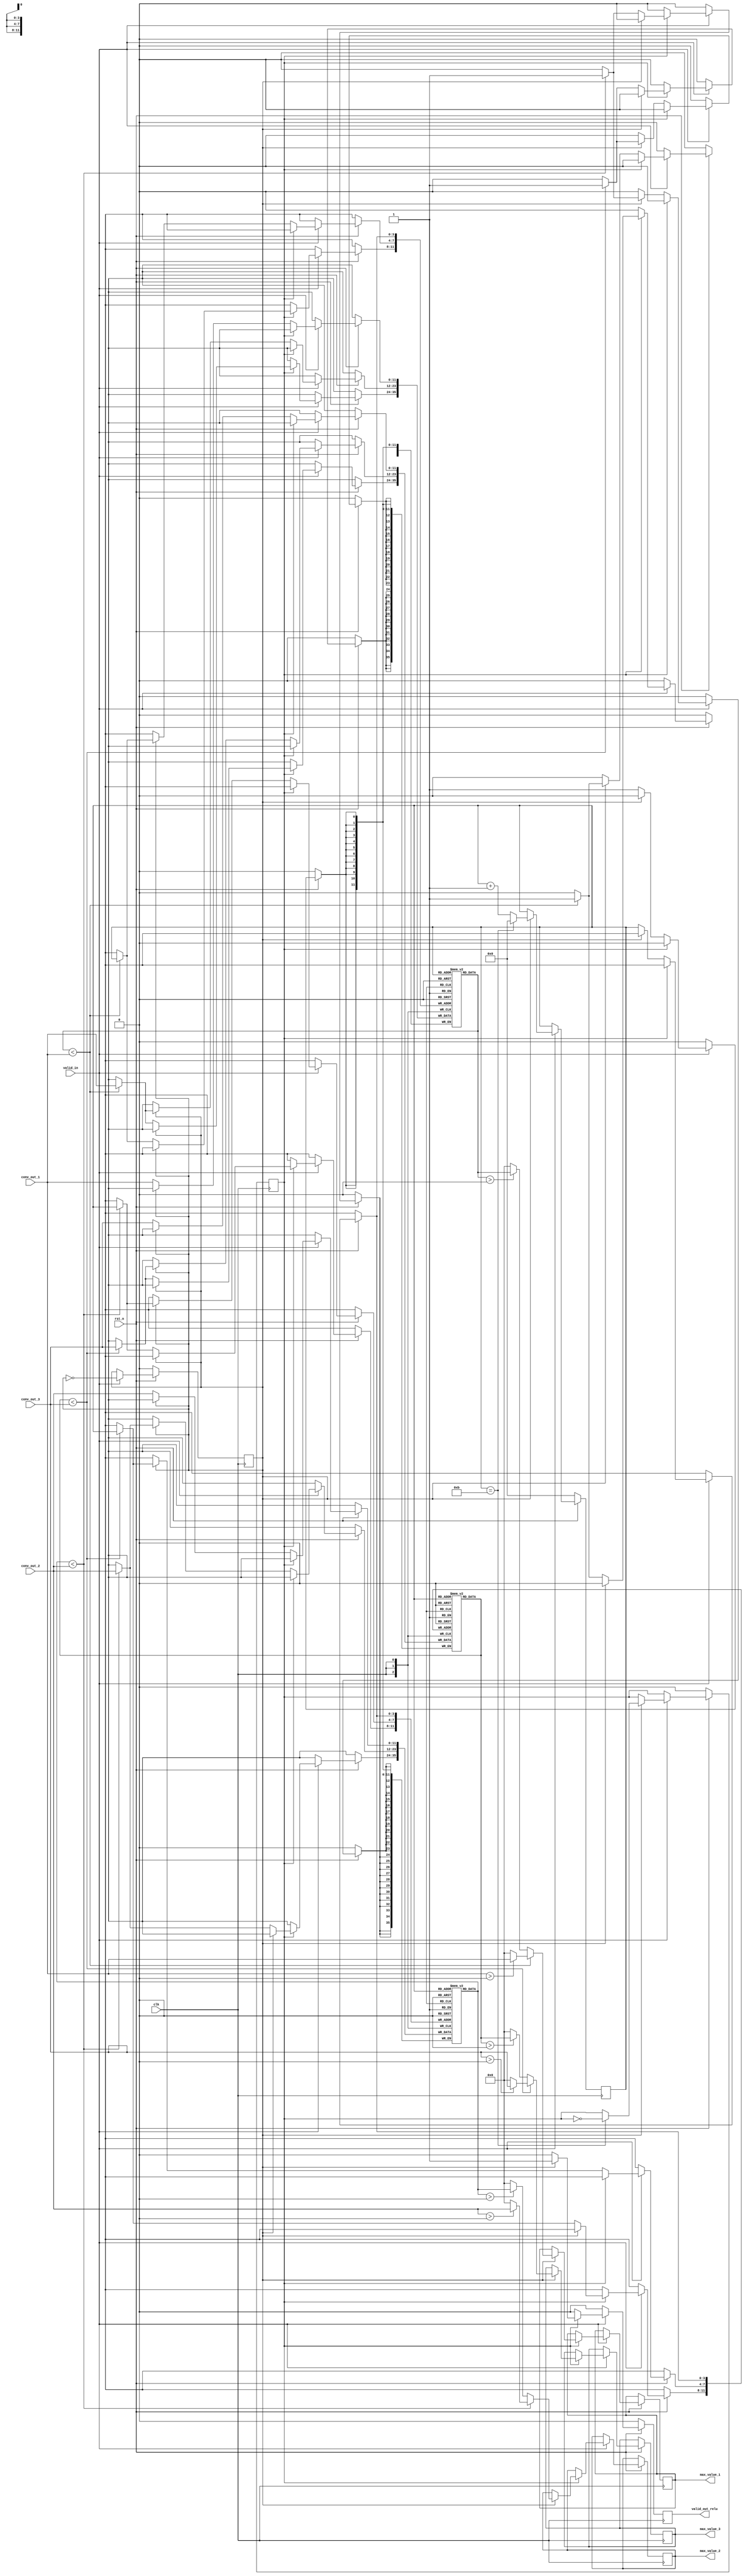
module maxpool_relu #(parameter CONV_BIT = 12, HALF_WIDTH = 12, HALF_HEIGHT = 12, HALF_WIDTH_BIT = 4) (
	input clk,
	input rst_n,	
	input valid_in,
	input signed [CONV_BIT - 1 : 0] conv_out_1, conv_out_2, conv_out_3,
	output reg [CONV_BIT - 1 : 0] max_value_1, max_value_2, max_value_3,
	output reg valid_out_relu
);


//1buffer12max_value
reg signed [CONV_BIT - 1:0] buffer1 [0:HALF_WIDTH - 1];
reg signed [CONV_BIT - 1:0] buffer2 [0:HALF_WIDTH - 1];
reg signed [CONV_BIT - 1:0] buffer3 [0:HALF_WIDTH - 1];

reg [HALF_WIDTH_BIT - 1:0] pcount;
reg state;
reg flag;

always @(posedge clk) begin
	if(~rst_n) begin
		valid_out_relu <= 0;
		pcount <= 0;
		state <= 0;
		flag <= 0;
	end 
	else begin

	if(valid_in == 1'b1) begin                 //buffercalbuffervalid_in=0,
		flag <= ~flag;
		if(flag == 1) begin
			pcount <= pcount + 1;             //bufferpcount++
			if(pcount == HALF_WIDTH - 1) begin     //12max1
				state <= ~state;                  //state1
				pcount <= 0;
			end
		end

		if(state == 0) begin	// first line22buffer[i]
			valid_out_relu <= 0;
			if(flag == 0) begin	// first input
				buffer1[pcount] <= conv_out_1;
				buffer2[pcount] <= conv_out_2;
				buffer3[pcount] <= conv_out_3;
			end 
			else begin	// second input -> comparison
				if(buffer1[pcount] < conv_out_1)
					buffer1[pcount] <= conv_out_1;
				if(buffer2[pcount] < conv_out_2)
				  buffer2[pcount] <= conv_out_2;
				if(buffer3[pcount] < conv_out_3)
				  buffer3[pcount] <= conv_out_3;
			end
		end 
		
		// second line22buffer[i]buffer[i]
		//buffer[i]relubuffer[i]
		else begin	
			if(flag == 0) begin	// third input -> comparison
				valid_out_relu <= 0;
				if(buffer1[pcount] < conv_out_1)
				  buffer1[pcount] <= conv_out_1;
				if(buffer2[pcount] < conv_out_2)
				  buffer2[pcount] <= conv_out_2;
			  if(buffer3[pcount] < conv_out_3)
				  buffer3[pcount] <= conv_out_3;
			end 
			else begin	// fourth input -> comparison + relu
				valid_out_relu <= 1;                       //22valid_out_relu1buffer
				if(buffer1[pcount] < conv_out_1) begin
					if(conv_out_1 > 0) begin
						max_value_1 <= conv_out_1;
					end 
					else begin
						max_value_1 <= 0;
					end
				end 
				else begin
					if(buffer1[pcount] > 0) begin
						max_value_1 <= buffer1[pcount];
					end 
					else begin
						max_value_1 <= 0;
					end
				end

				if(buffer2[pcount] < conv_out_2) begin
					if(conv_out_2 > 0) begin
						max_value_2 <= conv_out_2;
					end 
					else begin
						max_value_2 <= 0;
					end
				end 
				else begin
					if(buffer2[pcount] > 0) begin
						max_value_2 <= buffer2[pcount];
					end 
					else begin
						max_value_2 <= 0;
					end
				end

				if(buffer3[pcount] < conv_out_3) begin
					if(conv_out_3 > 0) begin
						max_value_3 <= conv_out_3;
					end 
					else begin
						max_value_3 <= 0;
					end
				end 
				else begin
					if(buffer3[pcount] > 0) begin
						max_value_3 <= buffer3[pcount];
					end 
					else begin
						max_value_3 <= 0;
					end
					
			end
		end		
	end
	end 
	else begin
		valid_out_relu <= 0;
	end
end
end
endmodule